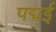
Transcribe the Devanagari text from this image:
पद्मई